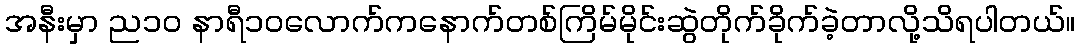
အနီးမှာ ည၁၀ နာရီ၁၀လောက်ကနောက်တစ်ကြိမ်မိုင်းဆွဲတိုက်ခိုက်ခဲ့တာလို့သိရပါတယ်။